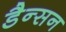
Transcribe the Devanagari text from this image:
डैन्सन